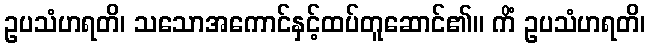
ဥပသံဟရတိ၊ သသောအကောင်နှင့်ထပ်တူဆောင်၏။ ကိံ ဥပသံဟရတိ၊